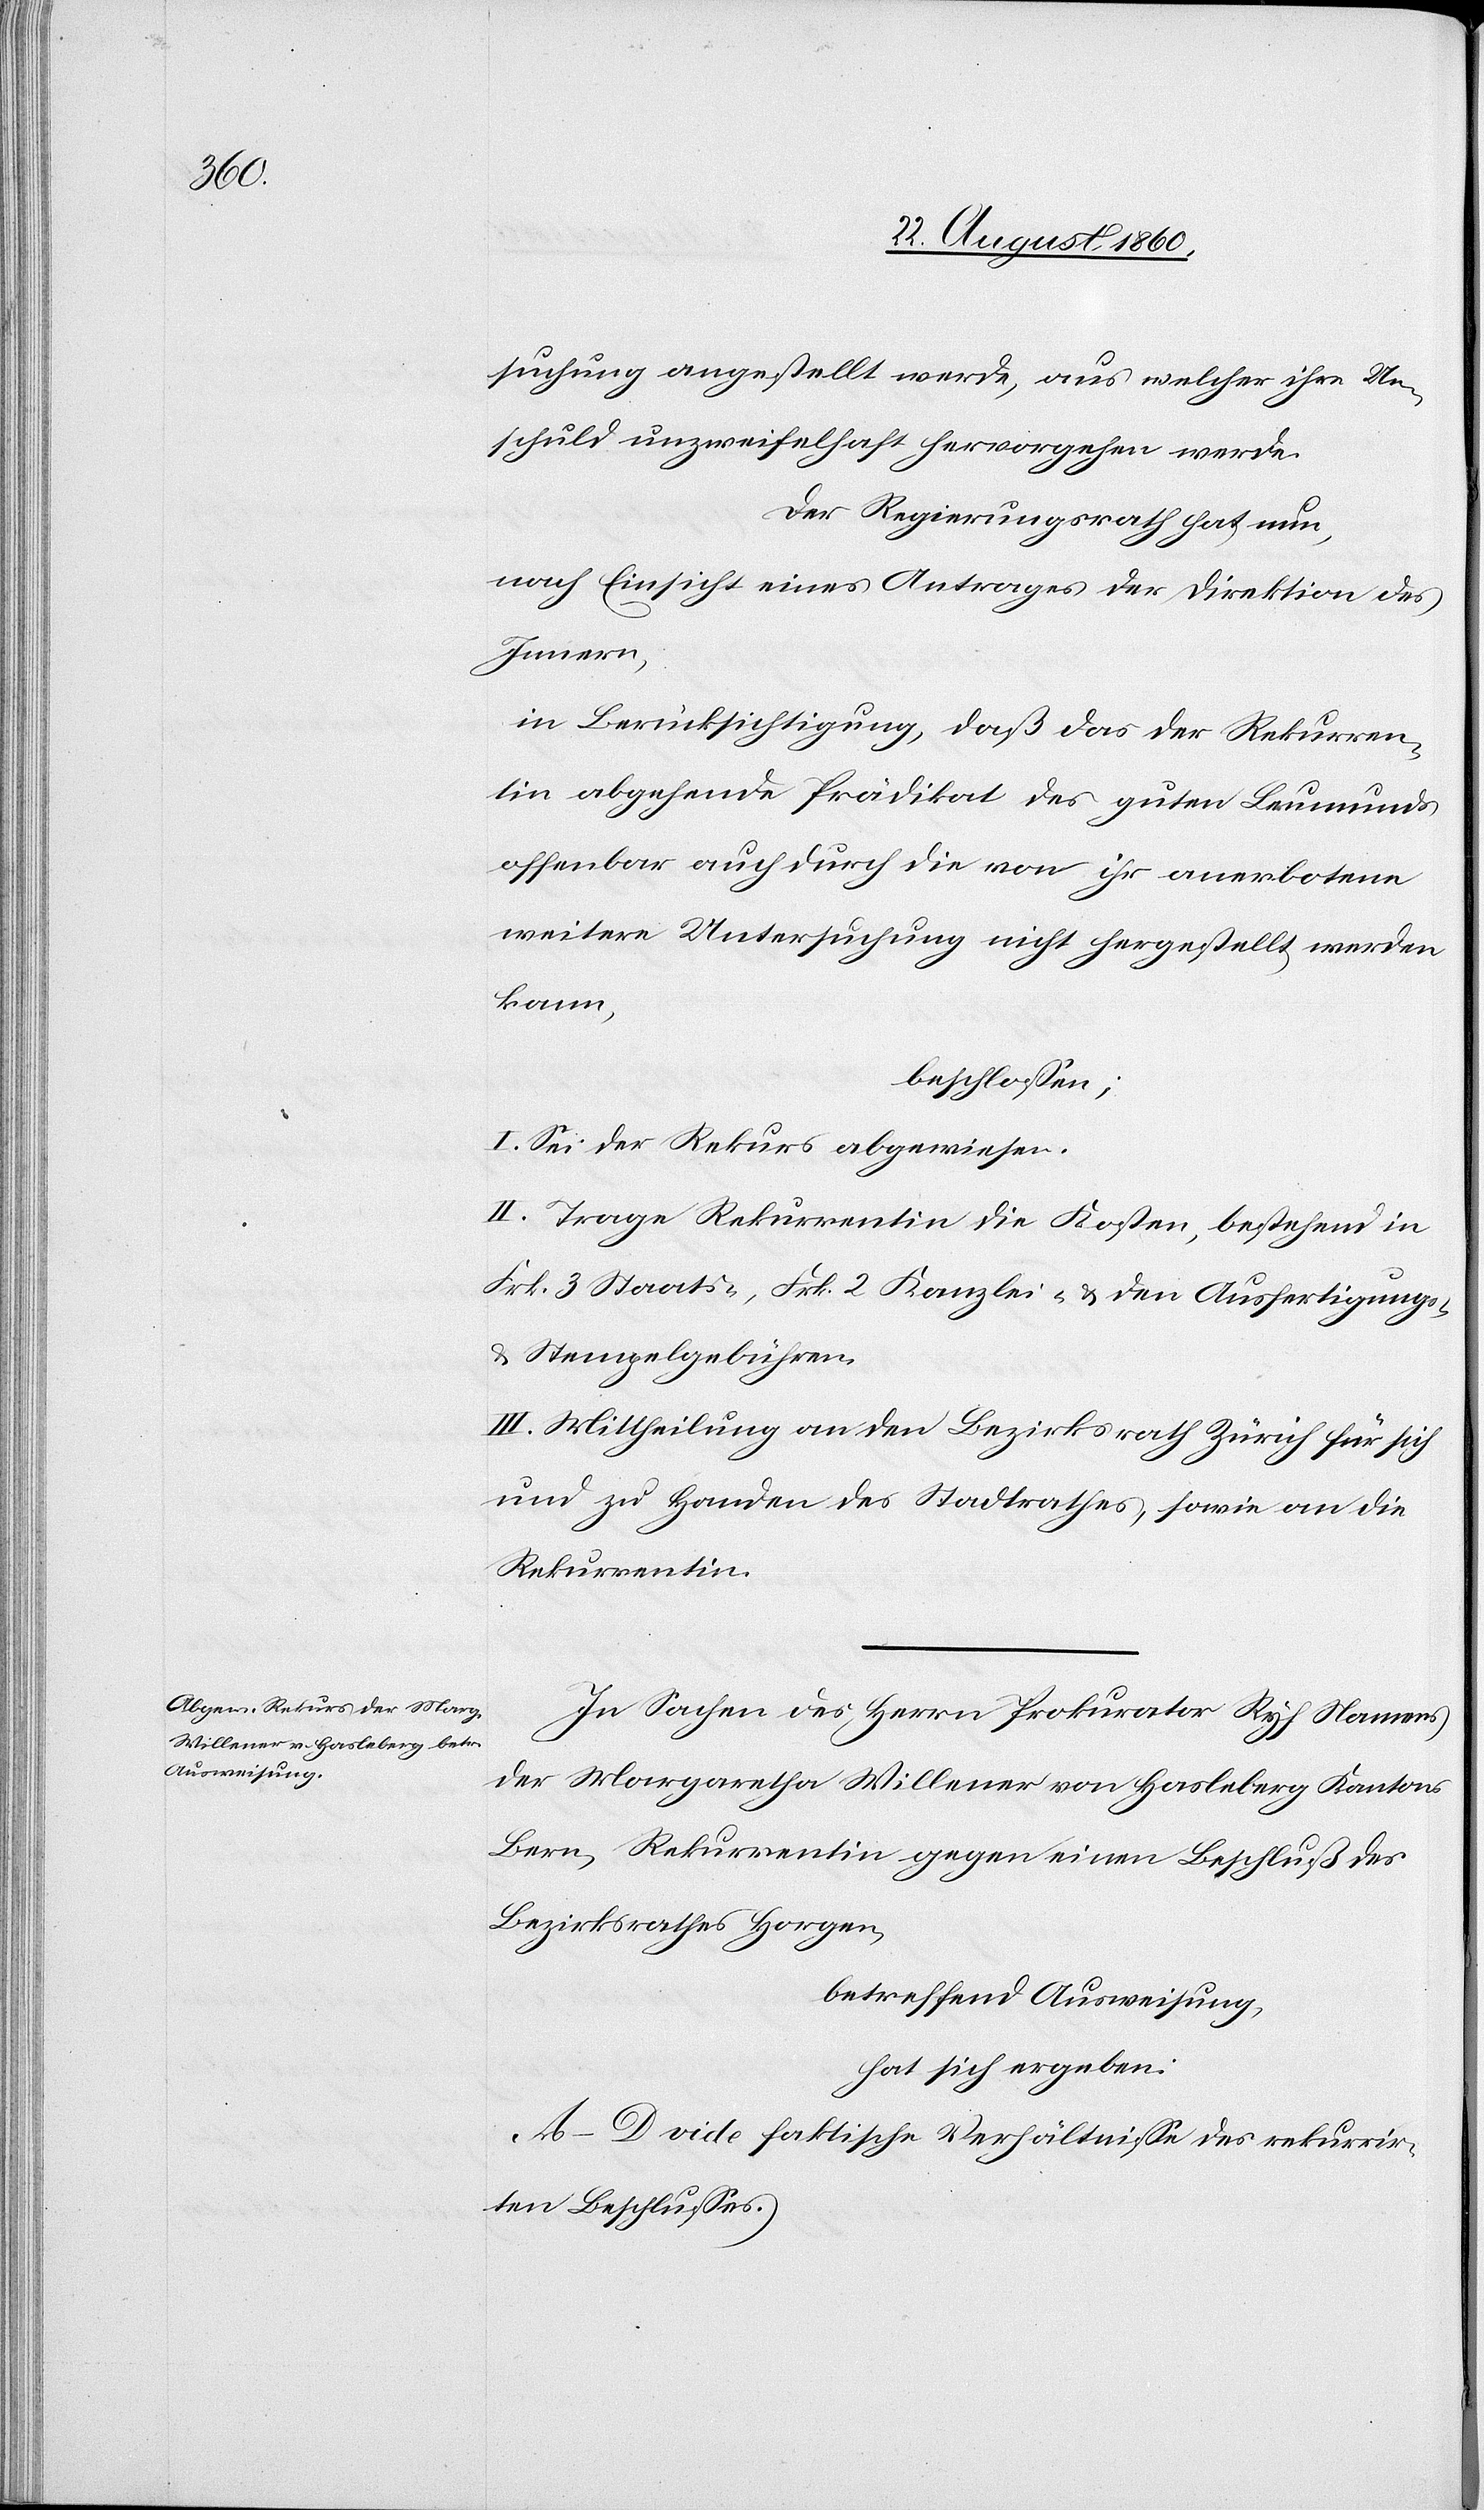
Unter¬

suchung angestellt werde, aus welcher ihre Un¬
schuld unzweifelhaft hervorgehen werde.
Der Regierungsrath hat nun,
nach Einsicht eines Antrages der Direktion des
Innern,
in Berücksichtigung, dass das der Rekurren¬
tin abgehende Prädikat des guten Leumunds
offenbar auch durch die von ihr anerbotene
weitere Untersuchung nicht hergestellt werden
kann,
beschlossen:
I. Sei der Rekurs abgewiesen.
II. Trage Rekurrentin die Kosten, bestehend in
Frk. 3. Staats- fcs. 2 Kanzlei- u. den Ausfertigungs-
u. Stempelgebühren.
III. Mittheilung an den Bezirksrath Zürich für sich
u. zu Handen des Stadtrathes, sowie an die
Rekurrentin.
In Sachen des Herrn Prokurator Ryf, Namens
der Margaretha Millener von Hasleberg, Kantons
Bern, Rekurrentin gegen eine Beschluss des
Bezirksrathes Horgen
betreffend Ausweisung
hat sich ergeben:
A.–D. vide faktische Verhältnisse des rekurrir¬
ten Beschlusses.